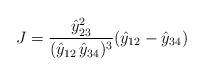
LaTeX: \begin{align*}J = \frac{\hat{y}_{23}^2}{(\hat{y}_{12} \, \hat{y}_{34})^3} (\hat{y}_{12} - \hat{y}_{34}) \end{align*}